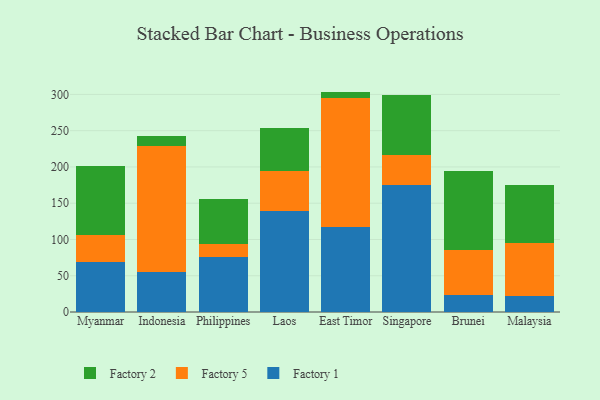
{"axis": {"x": "Country", "y": "Backlog"}, "legend": ["Factory 1", "Factory 2", "Factory 5"], "data": [{"x": "Myanmar", "y": 69.5, "type": "Factory 1"}, {"x": "Myanmar", "y": 36.8, "type": "Factory 5"}, {"x": "Myanmar", "y": 94.8, "type": "Factory 2"}, {"x": "Indonesia", "y": 54.7, "type": "Factory 1"}, {"x": "Indonesia", "y": 174.3, "type": "Factory 5"}, {"x": "Indonesia", "y": 14.1, "type": "Factory 2"}, {"x": "Philippines", "y": 76.4, "type": "Factory 1"}, {"x": "Philippines", "y": 17.9, "type": "Factory 5"}, {"x": "Philippines", "y": 61.9, "type": "Factory 2"}, {"x": "Laos", "y": 138.8, "type": "Factory 1"}, {"x": "Laos", "y": 56.0, "type": "Factory 5"}, {"x": "Laos", "y": 58.5, "type": "Factory 2"}, {"x": "East Timor", "y": 116.6, "type": "Factory 1"}, {"x": "East Timor", "y": 179.0, "type": "Factory 5"}, {"x": "East Timor", "y": 8.3, "type": "Factory 2"}, {"x": "Singapore", "y": 175.8, "type": "Factory 1"}, {"x": "Singapore", "y": 40.3, "type": "Factory 5"}, {"x": "Singapore", "y": 83.3, "type": "Factory 2"}, {"x": "Brunei", "y": 24.0, "type": "Factory 1"}, {"x": "Brunei", "y": 61.7, "type": "Factory 5"}, {"x": "Brunei", "y": 109.3, "type": "Factory 2"}, {"x": "Malaysia", "y": 21.9, "type": "Factory 1"}, {"x": "Malaysia", "y": 73.2, "type": "Factory 5"}, {"x": "Malaysia", "y": 79.4, "type": "Factory 2"}]}